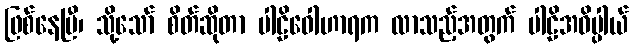
ဖြစ်နေပြီ၊ သို့သော် စိတ်ဆိုတာ ပါဠိဝေါဟာရက လာသည့်အတွက် ပါဠိအဓိပ္ပါယ်